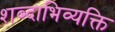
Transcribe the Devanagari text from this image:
शब्दाभिव्यक्ति